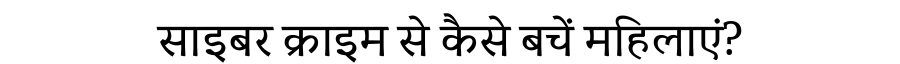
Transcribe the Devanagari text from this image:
साइबर क्राइम से कैसे बचें महिलाएं?